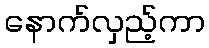
နောက်လှည့်ကာ